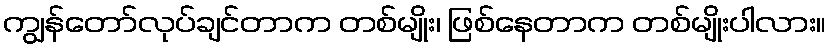
ကျွန်တော်လုပ်ချင်တာက တစ်မျိုး၊ ဖြစ်နေတာက တစ်မျိုးပါလား။